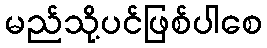
မည်သို့ပင်ဖြစ်ပါစေ